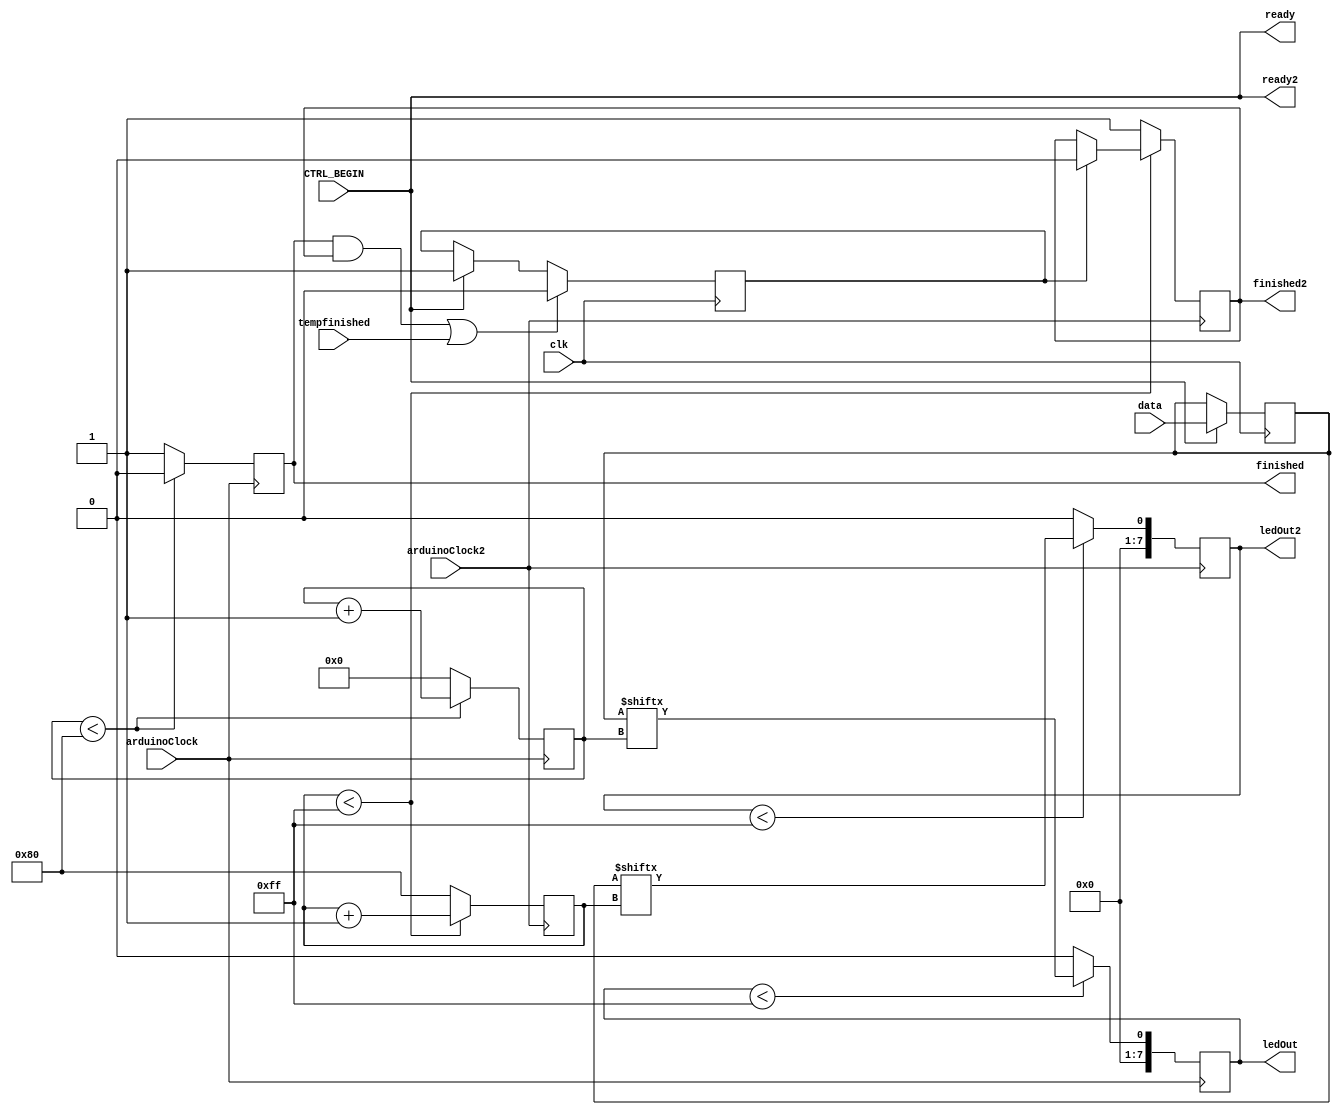
module LedControllerFinal(
    input clk, 		// System Clock Input 100 Mhz
    input arduinoClock,
    input arduinoClock2,
    input CTRL_BEGIN, //system signal to begin reading data... sent to arduino?
    input[255:0] data,
    output[7:0]  ledOut,	// PWM signal to the audio jack
    output[7:0]  ledOut2,	// PWM signal to the audio jack
    output ready,
    output ready2,
    input tempfinished,
    output finished,
    output finished2);	// Signal to Arduino to start rendering

    /*
    * Inputs: Clock, arduinoclock, and a ready signal
        On ready signal, the controller will render values on the arduino from a data line.
    */

	// localparam MHz = 1000000;
	// localparam SYSTEM_FREQ = 100*MHz; // System clock frequency

	////////////////////
	// Your Code Here //
	////////////////////
	// reg dividedClock = 0;
    // reg clock50mhz = 0;
	// reg[20:0] counter = 0;
    reg[7:0] color = 8'b10011010;
    reg[7:0] colorMax = 8'b11111111;

    reg[7:0] dataCounter = 0;
    reg[7:0] dataCounterMax = 8'd127;
    reg[255:0] dataReg = 0;

    reg[7:0] color2 = 8'b10011010;
    // reg[7:0] colorMax = 8'b11111111;
    reg[7:0] dataCounter2 = 128;
    reg[7:0] dataCounterMax2 = 8'd255;

    reg readyReg = 0;
    wire datatemp1 = 256'd1;
    wire datatemp2 = 256'd2;
    wire datatemp3 = 256'b1 <<< 128;
    reg[4:0] newcounter = 0;
    reg latched = 0;
    reg latched2 = 0;
    reg latched3 = 0;
    reg finishedReg = 0;

    //testing
    
    reg[255:0] dataRegTest[3:0];
    

    always @(posedge arduinoClock) begin
        if(latched == 1) begin
            latched2 <= 0;
        end
//        if(dataReg == 0) begin
//            dataReg <= data;
//        end
        if(dataCounter < 128) begin
            latched2 <= 0;
            color <= dataReg[dataCounter] ? 8'b10011001 : 8'b11110000;
            // tempReg <= dataReg[8'b11111111-dataCounter];
            dataCounter <= dataCounter + 1;
            $display("totalReg: %b, Value: %b", dataReg, dataReg[dataCounter]);
        end else begin
            dataCounter <= 0;
            latched2 <= 1;
        end

        if(color < colorMax) begin
            color <= dataReg[dataCounter];
        end else begin
            color <= 0;
        end
    end

    always @(posedge arduinoClock2) begin
        if(latched == 1) begin
            latched3 <= 0;
        end
        if(dataCounter2 < 255) begin
            $display("totalReg: %b, Value: %b", dataReg, dataReg[dataCounter2]);

            // latched3 <= 0;
            color2 <= dataReg[dataCounter2] ? 8'b11111111 : 8'b10011001;
            // tempReg <= dataReg[8'b11111111-dataCounter2];
            dataCounter2 <= dataCounter2 + 1;
        end else begin
            dataCounter2 <= 128;
            latched3 <= 1;
        end

        if(color2 < colorMax) begin
            color2 <= dataReg[dataCounter2];
        end else begin
            color2 <= 0;
        end
    end

    always @(negedge clk) begin
        if (CTRL_BEGIN == 1) begin
            finishedReg <= 0;
            dataRegTest[0] <= 256'd1;
            dataRegTest[1] <= 256'd1 << 250;
            dataRegTest[2] <= 256'd1 <<< 250;
            dataRegTest[3] <= 256'd1 <<< 30;
            dataReg <= data;
            latched <= 1;
        end
        if((latched2 == 1 && latched3 == 1) || tempfinished == 1) begin
            latched <= 0;
            finishedReg <= 1;
        end
        // $display("start, latch, finish: %b, %b, %b", CTRL_BEGIN, latched, finished);
        // $display("%b", dataReg);
        $display("LED Conroller: Data: %b", data);
    end

    assign ledOut = color;
    assign ledOut2 = color2;
    assign ready = CTRL_BEGIN;
    assign ready2 = CTRL_BEGIN;
    assign finished = latched2;
    assign finished2 = latched3;
endmodule